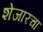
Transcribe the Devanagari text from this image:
शेजारचा